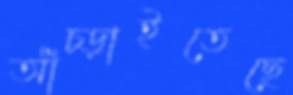
আঁচ্‌ড়াইতেছে